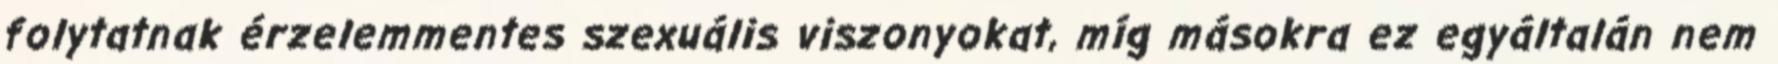
folytatnak érzelemmentes szexuális viszonyokat, míg másokra ez egyáltalán nem